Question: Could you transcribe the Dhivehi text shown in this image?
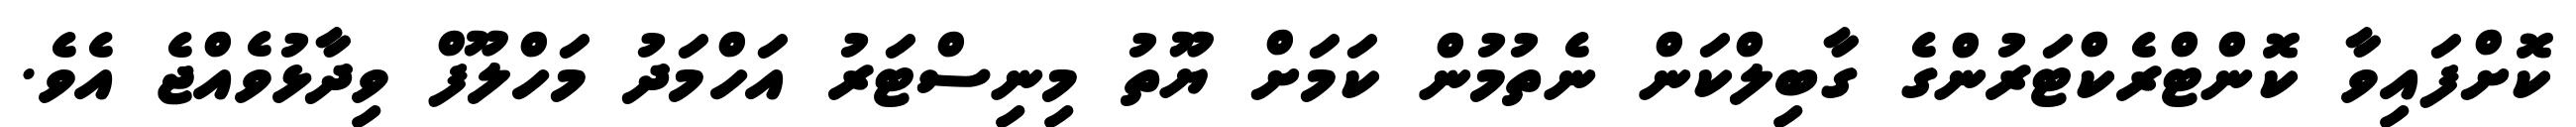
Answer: ކޮށްފައިވާ ކޮންޓްރެކްޓަރުންގެ ގާބިލްކަން ނެތުމުން ކަމަށް ޔޫތު މިނިސްޓަރު އަހްމަދު މަހްލޫފް ވިދާޅުވެއްޖެ އެވެ.